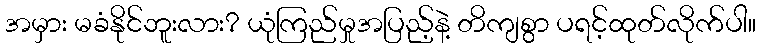
အမှား မခံနိုင်ဘူးလား? ယုံကြည်မှုအပြည့်နဲ့ တိကျစွာ ပရင့်ထုတ်လိုက်ပါ။